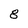
Character: 8